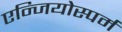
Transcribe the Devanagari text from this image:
एन्जियोस्पर्म